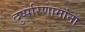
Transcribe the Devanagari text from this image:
दुष्परिणामांना